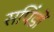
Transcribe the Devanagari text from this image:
सपिंडों